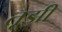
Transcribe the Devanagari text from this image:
तूझी